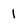
Character: 1